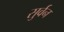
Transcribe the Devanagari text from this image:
सुर्वन